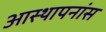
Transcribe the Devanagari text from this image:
आस्थापनांस